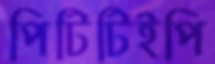
পিটিটিইপি